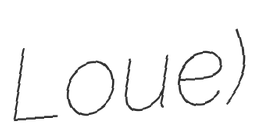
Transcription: Loue)